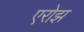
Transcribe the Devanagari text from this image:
एरोझ